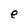
Character: e